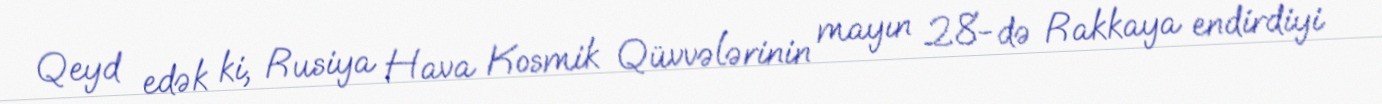
Qeyd edək ki, Rusiya Hava Kosmik Qüvvələrinin mayın 28-də Rakkaya endirdiyi